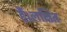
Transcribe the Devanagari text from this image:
हैं।लक्षित